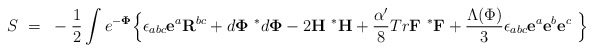
\begin{align*}S~=~-\frac{1}{2} \int e^{-{\bf \Phi}}\Bigl\{\epsilon_{abc}{\bf e}^a {\bf R}^{bc} + d{\bf \Phi}~{^{*}d}{\bf \Phi}- 2 {\bf H}~{^{*}{\bf H}}+{\alpha' \over 8} Tr {\bf F}~{^{*}{\bf F}}+ \frac{\Lambda(\Phi)}{3}\epsilon_{abc}{\bf e}^a{\bf e}^b{\bf e}^c~\Bigr\}\end{align*}